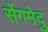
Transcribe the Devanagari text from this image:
सेंगमेदु